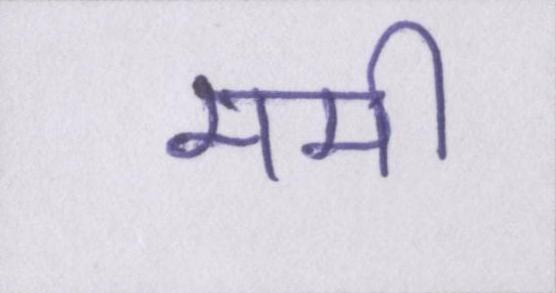
ममी